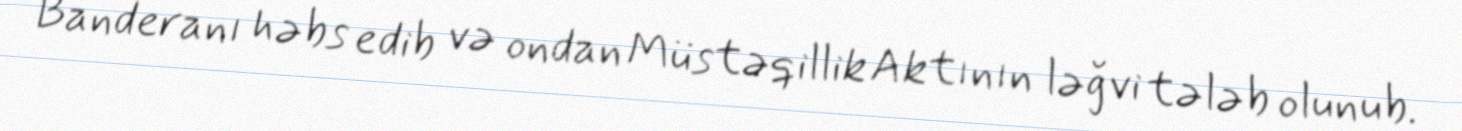
Banderanı həbs edib və ondan Müstəqillik Aktının ləğvi tələb olunub.